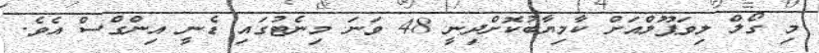
މި ގޯލް ލިވަޕޫލްއަށް ކާމިޔާބުކޮށްދިނީ 48 ވަނަ މިނެޓުގައި ޑެނީ އިންގްސް އެވެ.